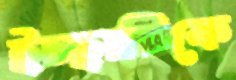
ইচ্ছাটিকে